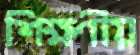
শিক্ষণীয়